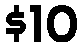
$10